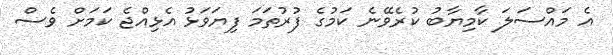
އެ މައްސަލަ ކާމިޔާބު ކުރެވޭނެ ކަމުގެ ފުރުތަމަ ފިޔަވަޅު އެޅިއްޖެ ކަމަށް ވެސް